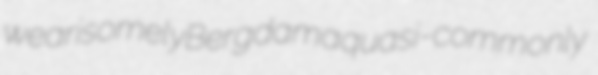
wearisomely Bergdama quasi-commonly